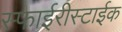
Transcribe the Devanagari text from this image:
स्फाईरीस्टाईक